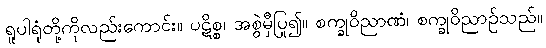
ရူပါရုံတို့ကိုလည်းကောင်း။ ပဋိစ္စ၊ အစွဲမှီပြု၍။ စက္ခုဝိညာဏံ၊ စက္ခုဝိညာဉ်သည်။